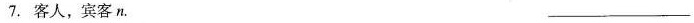
7.客人，宾客n.___